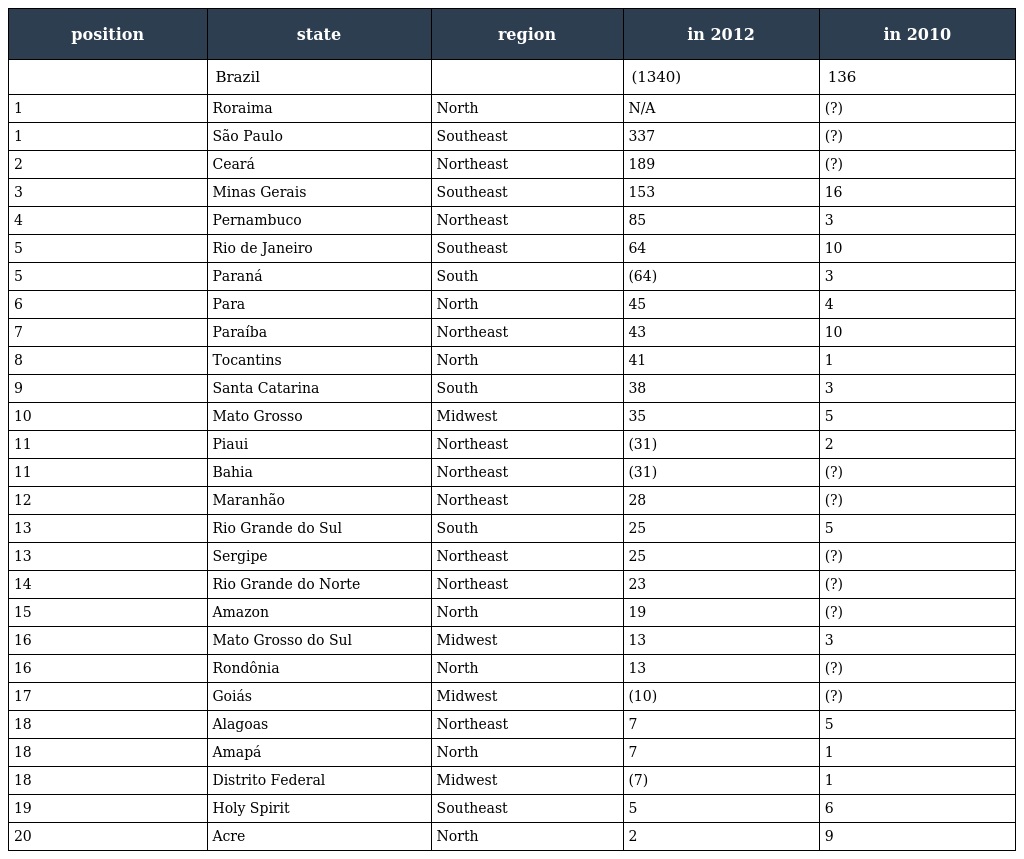
| position | state | region | in 2012 | in 2010 |
 | --- | --- | --- | --- | --- |
 |  | Brazil |  | (1340) | 136 |
 | 1 | Roraima | North | N/A | (?) |
 | 1 | São Paulo | Southeast | 337 | (?) |
 | 2 | Ceará | Northeast | 189 | (?) |
 | 3 | Minas Gerais | Southeast | 153 | 16 |
 | 4 | Pernambuco | Northeast | 85 | 3 |
 | 5 | Rio de Janeiro | Southeast | 64 | 10 |
 | 5 | Paraná | South | (64) | 3 |
 | 6 | Para | North | 45 | 4 |
 | 7 | Paraíba | Northeast | 43 | 10 |
 | 8 | Tocantins | North | 41 | 1 |
 | 9 | Santa Catarina | South | 38 | 3 |
 | 10 | Mato Grosso | Midwest | 35 | 5 |
 | 11 | Piaui | Northeast | (31) | 2 |
 | 11 | Bahia | Northeast | (31) | (?) |
 | 12 | Maranhão | Northeast | 28 | (?) |
 | 13 | Rio Grande do Sul | South | 25 | 5 |
 | 13 | Sergipe | Northeast | 25 | (?) |
 | 14 | Rio Grande do Norte | Northeast | 23 | (?) |
 | 15 | Amazon | North | 19 | (?) |
 | 16 | Mato Grosso do Sul | Midwest | 13 | 3 |
 | 16 | Rondônia | North | 13 | (?) |
 | 17 | Goiás | Midwest | (10) | (?) |
 | 18 | Alagoas | Northeast | 7 | 5 |
 | 18 | Amapá | North | 7 | 1 |
 | 18 | Distrito Federal | Midwest | (7) | 1 |
 | 19 | Holy Spirit | Southeast | 5 | 6 |
 | 20 | Acre | North | 2 | 9 |